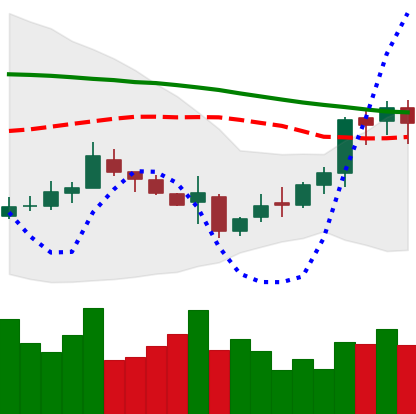
Ticker: XMR-USD
Chart end date: 2018-11-07
Forward return: -5.716%
Label: down_5_7